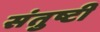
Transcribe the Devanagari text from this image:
संतुष्टी